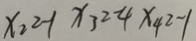
x _ { 2 } = - 1 x _ { 3 } = - 4 x _ { 4 } = - 1